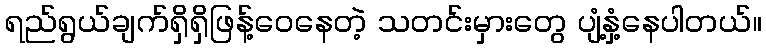
ရည်ရွယ်ချက်ရှိရှိဖြန့်ဝေနေတဲ့ သတင်းမှားတွေ ပျံ့နှံ့နေပါတယ်။